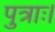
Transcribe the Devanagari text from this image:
पुत्राः।